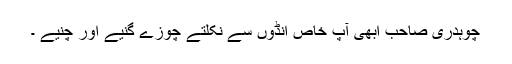
چوہدری صاحب ابھی آپ خاص انڈوں سے نکلتے چوزے گنیے اور چُنیے ۔